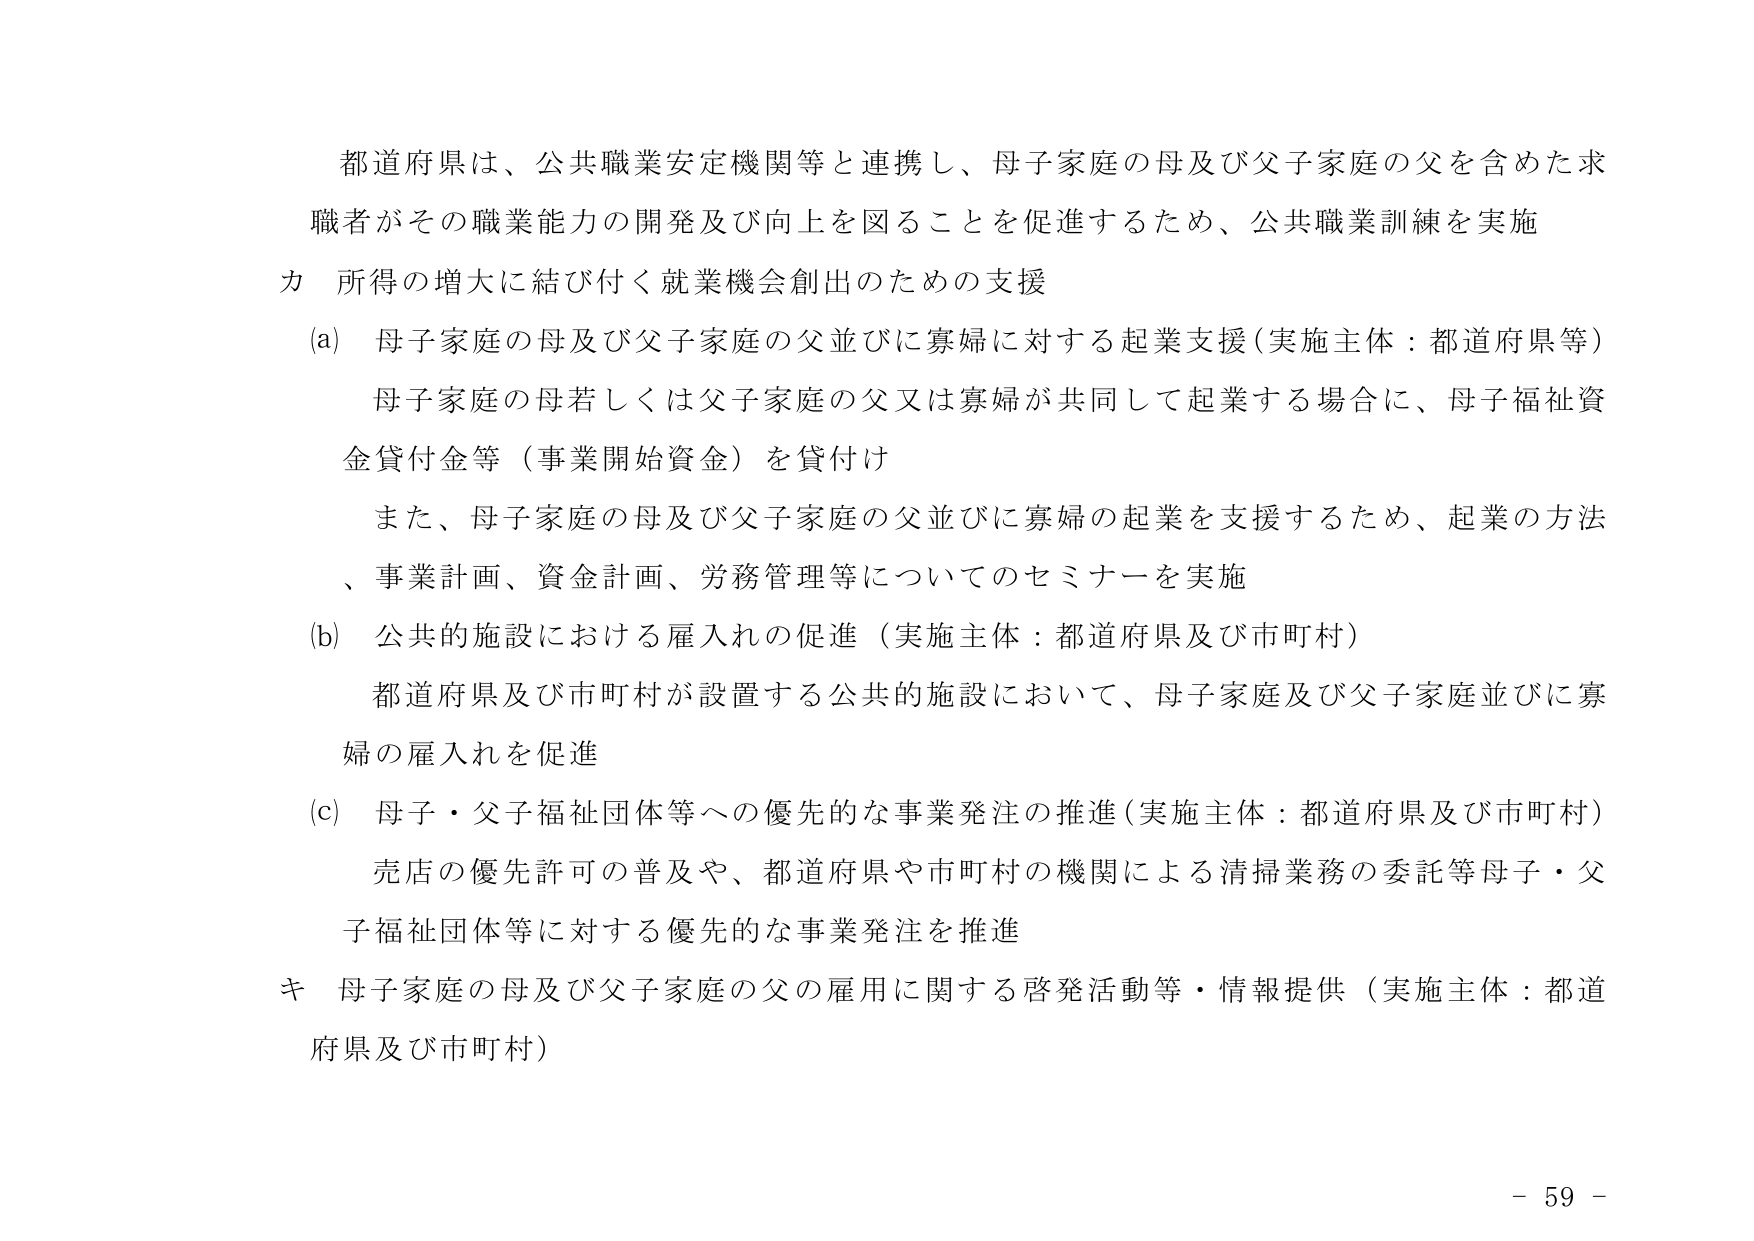
都道府県は、公共職業安定機関等と連携し、母子家庭の母及び父子家庭の父を含めた求職者がその職業能力の開発及び向上を図ることを促進するため、公共職業訓練を実施

カ 所得の増大に結び付く就業機会創出のための支援

(a) 母子家庭の母及び父子家庭の父並びに寡婦に対する起業支援（実施主体：都道府県等）
母子家庭の母若しくは父子家庭の父又は寡婦が共同して起業する場合に、母子福祉資金貸付金等（事業開始資金）を貸付け
また、母子家庭の母及び父子家庭の父並びに寡婦の起業を支援するため、起業の方法、事業計画、資金計画、労務管理等についてのセミナーを実施

(b) 公共的施設における雇入れの促進（実施主体：都道府県及び市町村）
都道府県及び市町村が設置する公共的施設において、母子家庭及び父子家庭並びに寡婦の雇入れを促進

(c) 母子・父子福祉団体等への優先的な事業発注の推進（実施主体：都道府県及び市町村）
売店の優先許可の普及や、都道府県や市町村の機関による清掃業務の委託等母子・父子福祉団体等に対する優先的な事業発注を推進

キ 母子家庭の母及び父子家庭の父の雇用に関する啓発活動等・情報提供（実施主体：都道府県及び市町村）

- 59 -